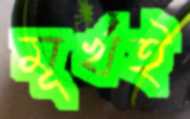
মূর্খই